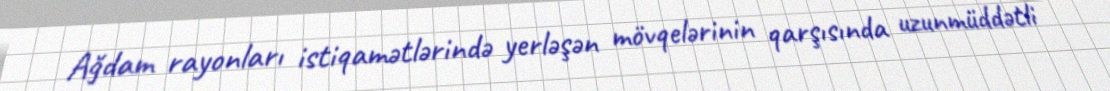
Ağdam rayonları istiqamətlərində yerləşən mövqelərinin qarşısında uzunmüddətli